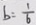
b = \frac { 1 } { 6 }